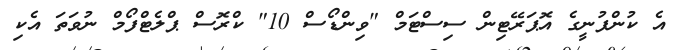
އެ ކުންފުނީގެ އޮޕަރޭޓިން ސިސްޓަމް "ވިންޑޯސް 10" ކްރޮސް ޕްލެޓްފޯމް ނުވަތަ އެކި